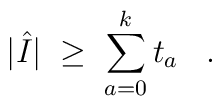
|\hat{I}| \;\geq\; \sum_{a=0}^k t_a \;\;\; .